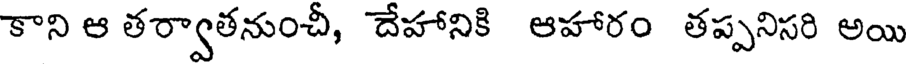
కాని ఆ తర్వాతనుంచీ, దేహానికి ఆహారం తప్పనిసరి అయి